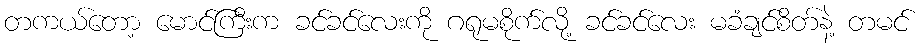
တကယ်တော့ မောင်ကြီးက ခင်ခင်လေးကို ဂရုမစိုက်လို့ ခင်ခင်လေး မခံချင်စိတ်နဲ့ တမင်